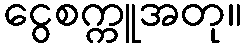
ငွေစက္ကူအတု။